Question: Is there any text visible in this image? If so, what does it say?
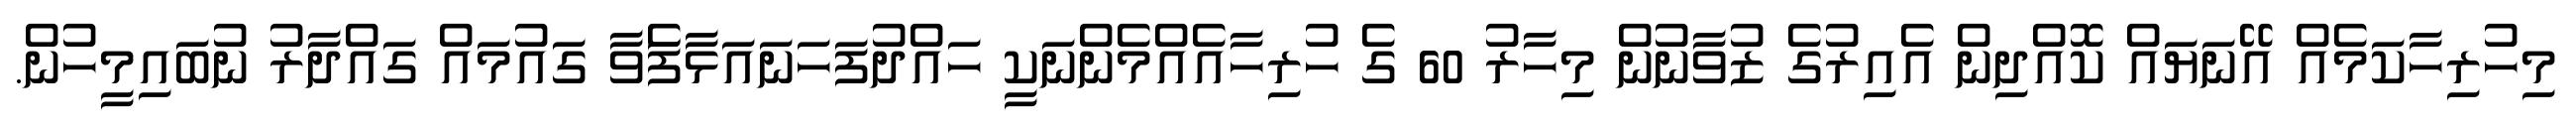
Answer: މިހުރިހާކަމެއް އޭނަޔައް ކޮއްދިން އެއިރުގެ ޒުވާނުން މިހާރު 60 ގެ ހުރިހާއެއްމެންނަކީ ހައްދުފަހަނައަޅާފަެވާ ގައުމައް ގައްދާރު ނުބައިމީހުން.